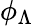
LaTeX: \phi_{\Lambda}